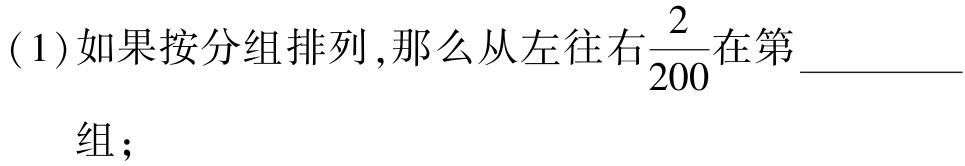
(1)如果按分组排列,那么从左往右$\frac{2}{200}$在第_________组；